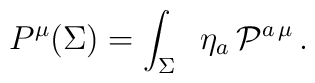
P^{\mu} (\Sigma) =  \int_{\Sigma} \;  \; \eta_a \, {\cal P}^{a\,\mu}\,.